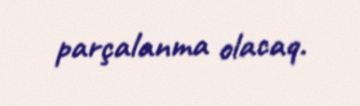
parçalanma olacaq.